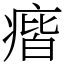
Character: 㾬